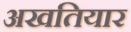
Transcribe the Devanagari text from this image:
अखतियार